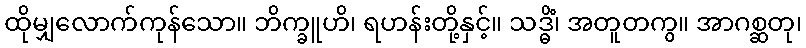
ထိုမျှလောက်ကုန်သော။ ဘိက္ခူဟိ၊ ရဟန်းတို့နှင့်။ သဒ္ဓိံ၊ အတူတကွ။ အာဂစ္ဆတု၊